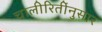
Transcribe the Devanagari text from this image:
चालीरितींनुसार